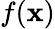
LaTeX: f(\mathbf{x})